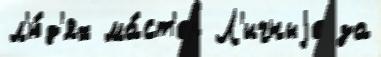
л'ю́д'ях ма́ст'ер Л'ичныjе за